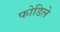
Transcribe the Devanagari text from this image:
फोडिले